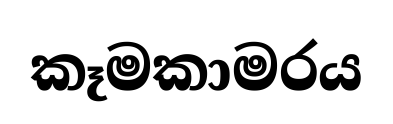
කෑමකාමරය